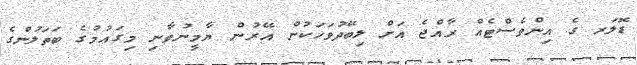
ޑޮލަރ ގެ އިންވެސްޓެއް ރާއްޖެ އަށް ލިބޭދުވަހަކުން އޭރުން ޔާމީނުވާނި މިގައުމުގެ ބަތަލުންގެ